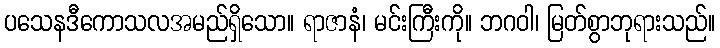
ပသေနဒီကောသလအမည်ရှိသော။ ရာဇာနံ၊ မင်းကြီးကို။ ဘဂဝါ၊ မြတ်စွာဘုရားသည်။